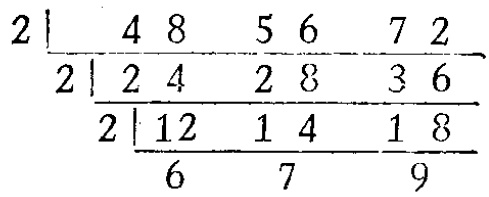
\[

\begin{array}{l|lll}

2 & 48 & 56 & 72 \\

\hline

2 & 24 & 28 & 36 \\

\hline

2 & 12 & 14 & 18 \\

\hline

& 6 & 7 & 9

\end{array}

\]